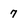
Character: 7